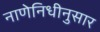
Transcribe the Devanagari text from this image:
नाणेनिधीनुसार